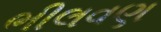
ભીલવણ